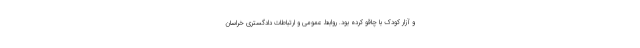
و آزار کودک با چاقو کرده بود. روابط عمومی و ارتباطات دادگستری خراسان